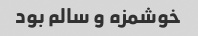
خوشمزه و سالم بود